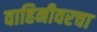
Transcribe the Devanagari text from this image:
वाहिनीवरचा